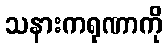
သနားကရုဏာကို